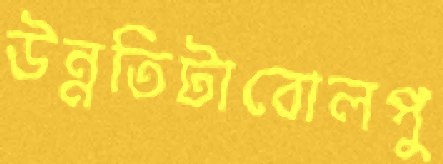
উন্নতিটাবোলপু